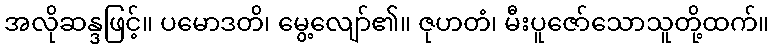
အလိုဆန္ဒဖြင့်။ ပမောဒတိ၊ မွေ့လျော်၏။ ဇုဟတံ၊ မီးပူဇော်သောသူတို့ထက်။